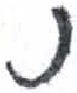
אות: נ